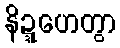
နိဍ္ဍဟေတွာ